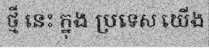
ថ្មី នេះ ក្នុង ប្រទេស យើង